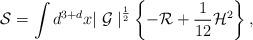
LaTeX: \begin{align*}{\cal S} = \int d^{3+d}x {\mid {\cal G} \mid}^{\frac {1}{2}} \left\{ - {\cal R} +\frac {1}{12} {\cal H}^2 \right\},\end{align*}